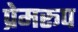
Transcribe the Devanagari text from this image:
प्रेमरूप